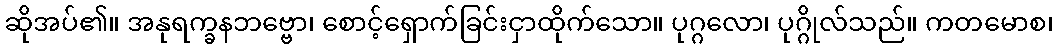
ဆိုအပ်၏။ အနုရက္ခနဘဗ္ဗော၊ စောင့်ရှောက်ခြင်းငှာထိုက်သော။ ပုဂ္ဂလော၊ ပုဂ္ဂိုလ်သည်။ ကတမောစ၊